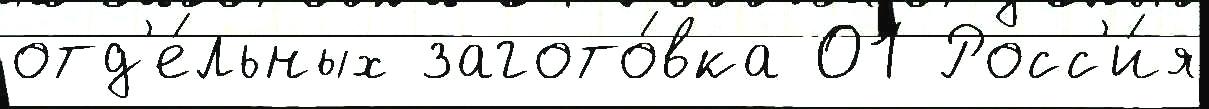
отд'е́льных загото́вка 01 Росс'и́я